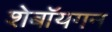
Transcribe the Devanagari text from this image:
शेबॉयगन